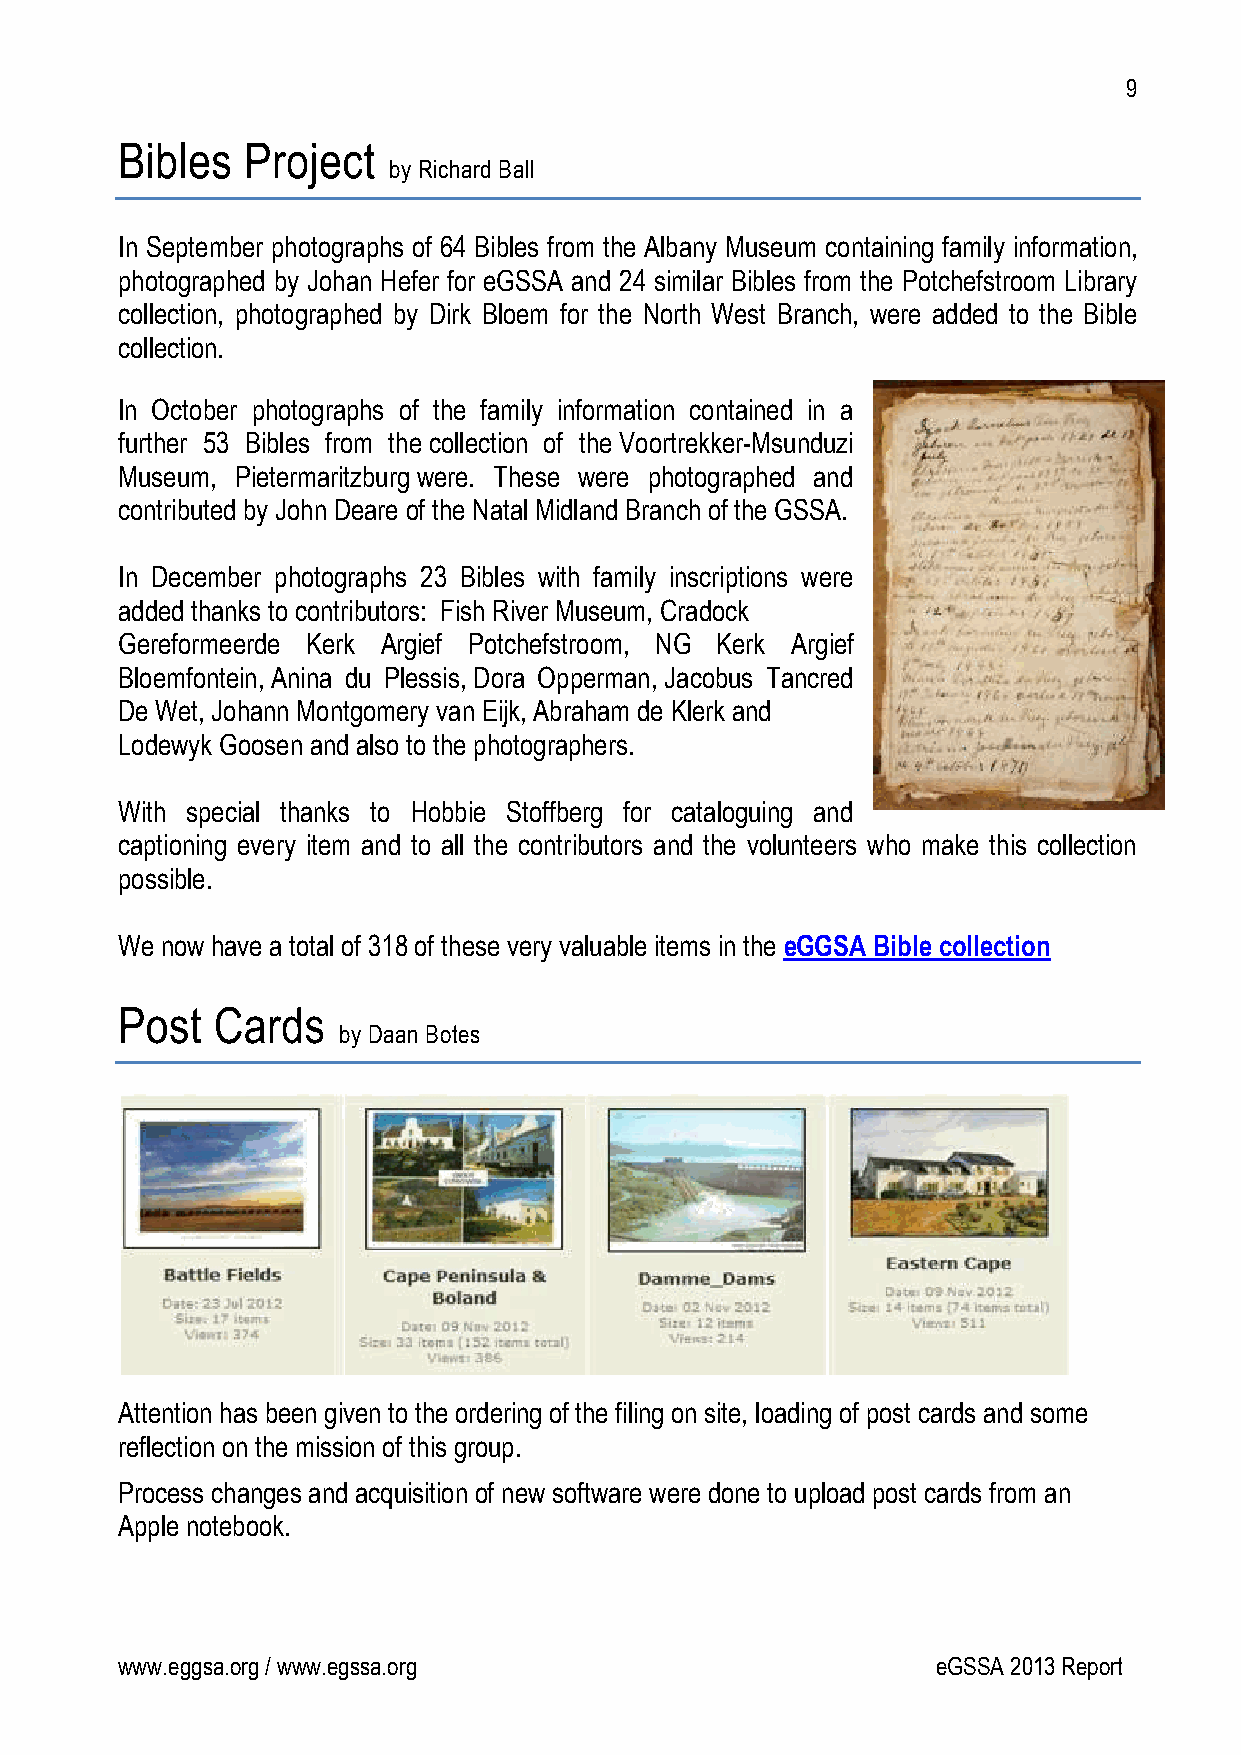
9
 Bibles  Project
 by Richard Ball
 In September photographs of 64 Bibles from the Albany Museum containing family information,
 photographed by Johan Hefer for eGSSA and 24 similar Bibles from the Potchefstroom Library
 collection, photographed by Dirk Bloem for the North West Branch, were added to the Bible
 collection.
 In October photographs of the family information contained in a
 further 53 Bibles from the collection of the Voortrekker-Msunduzi
 Museum, Pietermaritzburg were. These were photographed and
 contributed by John Deare of the Natal Midland Branch of the GSSA.
 In December photographs 23 Bibles with family inscriptions were
 added thanks to contributors: Fish River Museum, Cradock
 Gereformeerde Kerk Argief Potchefstroom, NG Kerk Argief
 Bloemfontein, Anina du Plessis, Dora Opperman, Jacobus Tancred
 De Wet, Johann Montgomery van Eijk, Abraham de Klerk and
 Lodewyk Goosen and also to the photographers.
 With special thanks to Hobbie Stoffberg for cataloguing and
 captioning every item and to all the contributors and the volunteers who make this collection
 possible.
 We now have a total of 318 of these very valuable items in the eGGSA Bible collection
 Post  Cards
 by Daan Botes
 Attention has been given to the ordering of the filing on site, loading of post cards and some
 reflection on the mission of this group.
 Process changes and acquisition of new software were done to upload post cards from an
 Apple notebook.
 www.eggsa.org / www.egssa.org                         eGSSA 2013 Report